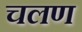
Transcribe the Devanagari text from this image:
चलण